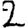
Digit: 2